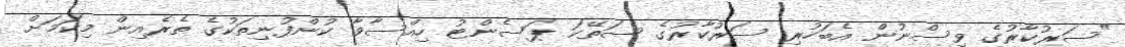
"ސަރުކާރުގެ ވިސްނުން އެބަހުރި ސަރުކާރުގެ ސަތޭކަ ޕަސެންޓު ހިއްސާވާ ކުންފުނިތަކުގެ ތެރެއިން މިކަމަށް